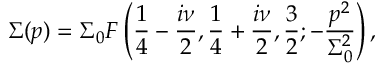
\Sigma ( p ) = \Sigma _ { 0 } F \left( { \frac { 1 } { 4 } } - { \frac { i \nu } { 2 } } , { \frac { 1 } { 4 } } + { \frac { i \nu } { 2 } } , { \frac { 3 } { 2 } } ; - \frac { p ^ { 2 } } { \Sigma _ { 0 } ^ { 2 } } \right) ,